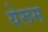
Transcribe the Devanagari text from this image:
येरूम